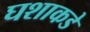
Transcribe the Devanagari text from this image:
घशाकडे